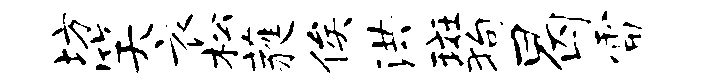
坊笑衣松蕤俟洪斑狗曷雷